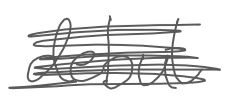
Text: debut
Cross-out: scratch
Writing tool: digital_gray